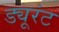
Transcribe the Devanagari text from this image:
ड्यूरंट